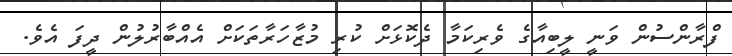
ފްރާންސުން ވަނީ ލީބިއާގެ ވެރިކަމާ ދެކޮޅަށް ކުރި މުޒާހަރާތަކަށް އެއްބާރުލުން ދީފަ އެވެ.